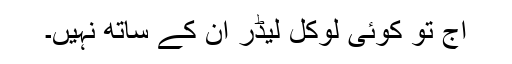
آج تو کوئی لوکل لیڈر ان کے ساتھ نہیں۔